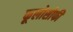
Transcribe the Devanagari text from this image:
फूलोसोफी